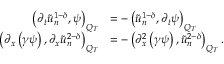
\begin{array} { r l } { \left( \partial _ { t } \tilde { u } _ { n } ^ { 1 - \delta } , \psi \right) _ { Q _ { T } } } & { = - \left( \tilde { u } _ { n } ^ { 1 - \delta } , \partial _ { t } \psi \right) _ { Q _ { T } } } \\ { \left( \partial _ { x } \left( \gamma \psi \right) , \partial _ { x } \tilde { u } _ { n } ^ { 2 - \delta } \right) _ { Q _ { T } } } & { = - \left( \partial _ { x } ^ { 2 } \left( \gamma \psi \right) , \tilde { u } _ { n } ^ { 2 - \delta } \right) _ { Q _ { T } } . } \end{array}